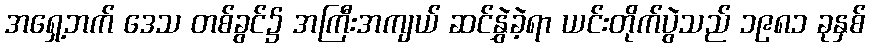
အရှေ့ဘက် ဒေသ တစ်ခွင်၌ အကြီးအကျယ် ဆင်နွှဲခဲ့ရာ ယင်းတိုက်ပွဲသည် ၁၉၈၁ ခုနှစ်